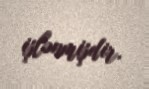
işlənmişdir.